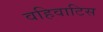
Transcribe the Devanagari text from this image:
वहिवाटिस